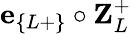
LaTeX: \textbf{e}_{\{ L+\} }\circ\textbf{Z}_{L}^{+}